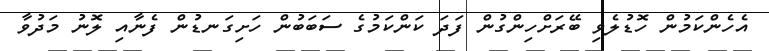
އެހެންކަމުން ހޮޑުލެވި ބޭރަށްހިންގުން ފަދަ ކަންކަމުގެ ސަބަބުން ހަށިގަނޑުން ފެނާއި ލޮނު މަދުވާ